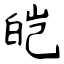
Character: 皑